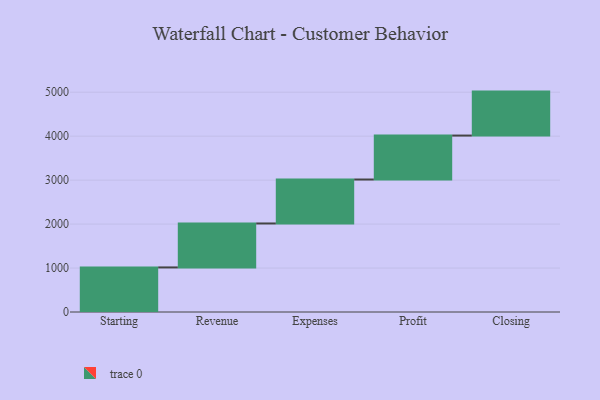
{"axis": {"x": "Step", "y": "Value"}, "legend": [""], "data": [{"x": "Starting", "y": 1014.0, "type": ""}, {"x": "Revenue", "y": 1000, "type": ""}, {"x": "Expenses", "y": 1000, "type": ""}, {"x": "Profit", "y": 1000, "type": ""}, {"x": "Closing", "y": 1000, "type": ""}]}